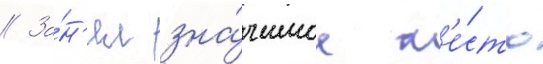
// За́н'ял зна́чимое м'е́сто